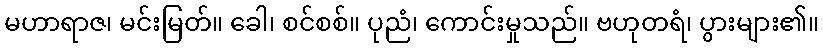
မဟာရာဇ၊ မင်းမြတ်။ ခေါ၊ စင်စစ်။ ပုညံ၊ ကောင်းမှုသည်။ ဗဟုတရံ၊ ပွားများ၏။